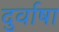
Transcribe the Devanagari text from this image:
दुर्वाषा